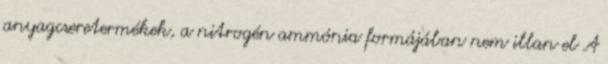
anyagcseretermékek, a nitrogén ammónia formájában nem illan el A